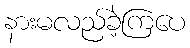
နားမလည်ခဲ့ကြပေ